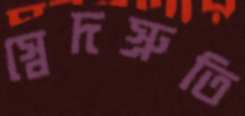
স্বেদস্রুতি